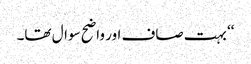
‘‘ بہت صاف اور واضح سوال تھا۔